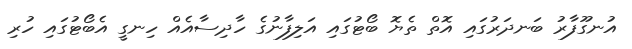
އުނގޫފާރު ބަނދަރުގައި އޮތް ތެޔޮ ބޯޓުގައި އަލިފާނުގެ ހާދިސާއެއް ހިނގީ އެބޯޓުގައި ހުރި